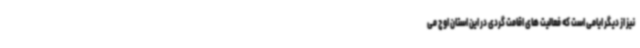
نیز از دیگر ایامی است که فعالیت های اقامت گردی در این استان اوج می